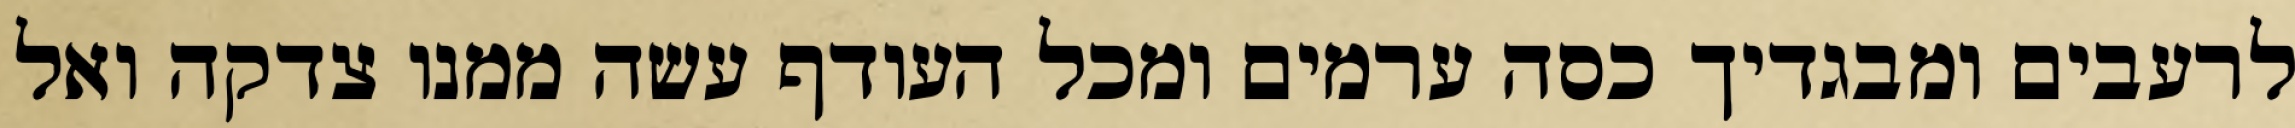
לרעבים ומבגדיך כסה ערמים ומכל העודף עשה ממנו צדקה ואל